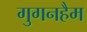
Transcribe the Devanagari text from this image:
गुगनहैम